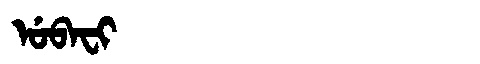
Manchu: ᡠᠪᠠᠸᡳ
Romanization: UBAFI